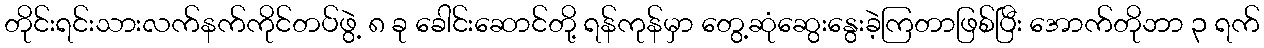
တိုင်းရင်းသားလက်နက်ကိုင်တပ်ဖွဲ့ ၈ ခု ခေါင်းဆောင်တို့ ရန်ကုန်မှာ တွေ့ဆုံဆွေးနွေးခဲ့ကြတာဖြစ်ပြီး အောက်တိုဘာ ၃ ရက်